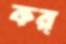
কর্